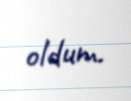
oldum.